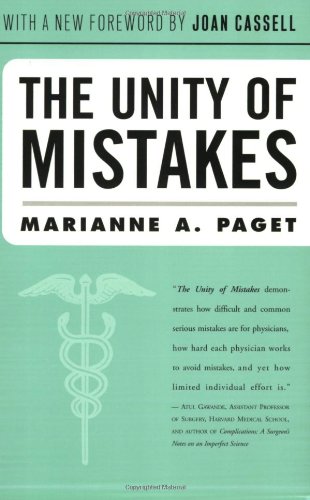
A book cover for Unity Of Mistakes: A Phenomenological Interpretation; Marianne Paget; Health, Fitness & Dieting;